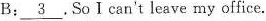
B: \underline{3}.So I can't leave my office.